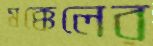
মক্কেলের